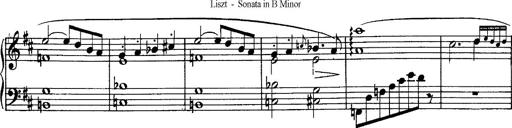
Title: Piano Sonata
Composer: Karl HÃ¤ssler
Key: C major